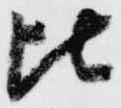
比